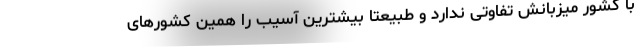
با کشور میزبانش تفاوتی ندارد و طبیعتا بیشترین آسیب را همین کشورهای